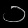
Digit: ၁